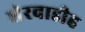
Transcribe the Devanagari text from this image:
शेरवाडीह